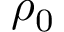
\rho _ { 0 }